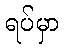
ရပ်မှာ